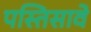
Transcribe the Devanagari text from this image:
पस्तिसावे